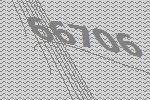
66706